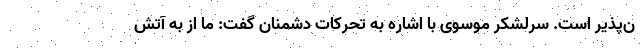
ن‌پذیر است. سرلشکر موسوی با اشاره به تحرکات دشمنان گفت: ما از به آتش